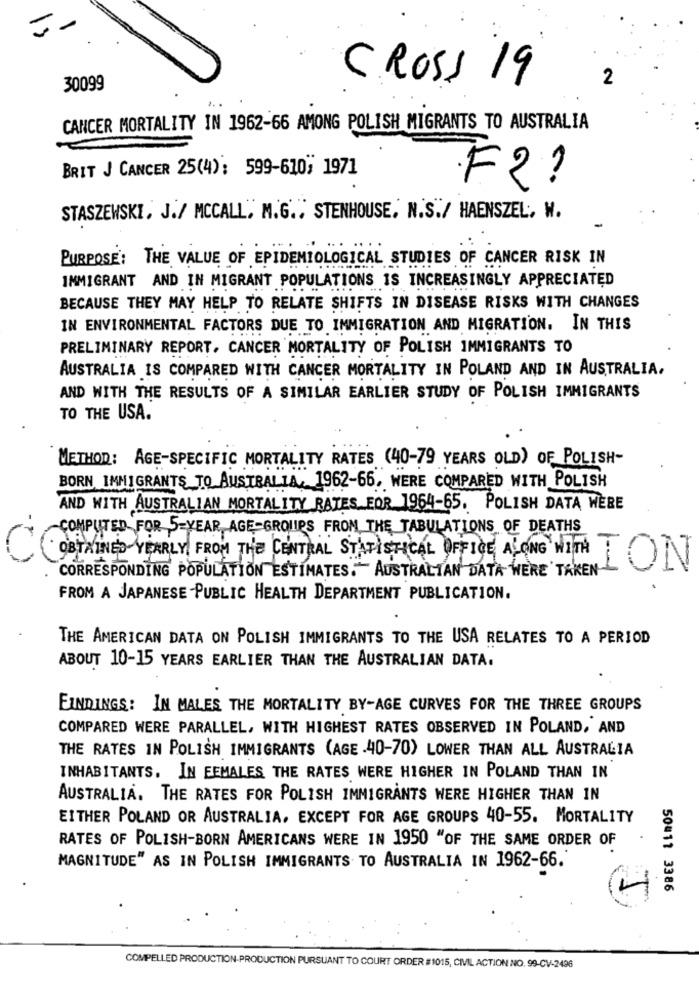
CROSS 19
2
30099
CANCER MORTALITY IN 1962-66 AMONG POLISH MIGRANTS TO AUSTRALIA
BRIT J CANCER 25(4): 599-610, 1971
F2?
STASZEWSKI, J./ MCCALL, M.G ., STENHOUSE, N.S./ HAENSZEL, W.
PURPOSE: THE VALUE OF EPIDEMIOLOGICAL STUDIES OF CANCER RISK IN
IMMIGRANT AND IN MIGRANT POPULATIONS IS INCREASINGLY APPRECIATED
BECAUSE THEY MAY HELP TO RELATE SHIFTS IN DISEASE RISKS WITH CHANGES
IN ENVIRONMENTAL FACTORS DUE TO IMMIGRATION AND MIGRATION. IN THIS
PRELIMINARY REPORT. CANCER MORTALITY OF POLISH IMMIGRANTS TO
AUSTRALIA IS COMPARED WITH CANCER MORTALITY IN POLAND AND IN AUSTRALIA,
AND WITH THE RESULTS OF A SIMILAR EARLIER STUDY OF POLISH IMMIGRANTS
TO THE USA.
METHOD: AGE-SPECIFIC MORTALITY RATES (40-79 YEARS OLD) OF POLISH-
BORN IMMIGRANTS TO AUSTRALIA, 1962-66, WERE COMPARED WITH POLISH
AND WITH AUSTRALIAN MORTALITY RATES FOR 1964-65. POLISH DATA WERE
-COMPUTED FOR 5-YEAR, AGE GROUPS FROM THE TABULATIONS OF DEATHS
OBTAINED YEARLY FROM THE CENTRAL STATISTICAL OFFICE ALONG WITH
CORRESPONDING POPULATION ESTIMATES." AUSTRALIAN DATA WERE TAKEN
ION
FROM A JAPANESE PUBLIC HEALTH DEPARTMENT PUBLICATION.
THE AMERICAN DATA ON POLISH IMMIGRANTS TO THE USA RELATES TO A PERIOD
ABOUT 10-15 YEARS EARLIER THAN THE AUSTRALIAN DATA.
FINDINGS: IN MALES THE MORTALITY BY-AGE CURVES FOR THE THREE GROUPS
COMPARED WERE PARALLEL, WITH HIGHEST RATES OBSERVED IN POLAND, AND
THE RATES IN POLISH IMMIGRANTS (AGE .40-70) LOWER THAN ALL AUSTRALIA
INHABITANTS. IN FEMALES THE RATES WERE HIGHER IN POLAND THAN IN
AUSTRALIA. THE RATES FOR POLISH IMMIGRANTS WERE HIGHER THAN IN
EITHER POLAND OR AUSTRALIA, EXCEPT FOR AGE GROUPS 40-55. MORTALITY
RATES OF POLISH-BORN AMERICANS WERE IN 1950 "OF THE SAME ORDER OF
MAGNITUDE" AS IN POLISH IMMIGRANTS. TO AUSTRALIA IN 1962-66.
50#11 3386
4
COMPELLED PRODUCTION-PRODUCTION PURSUANT TO COURT ORDER #1015, CIVIL ACTION NO. 99-CV-2496